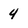
Character: 4